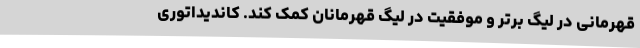
قهرمانی در لیگ برتر و موفقیت در لیگ قهرمانان کمک کند. کاندیداتوری